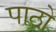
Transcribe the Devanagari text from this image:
पाठो